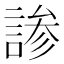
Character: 𬢳